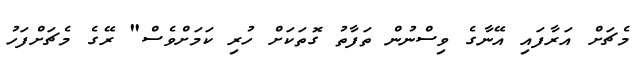
މެޗަށް އަރާފައި އޭނާގެ ވިސްނުން ތަފާތު ގޮތަކަށް ހުރި ކަމަށްވެސް" ރޭގެ މެޗަށްފަހު